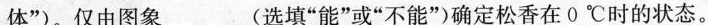
体”)。仅由图象___(选填”能”或”不能”)确定松香在0℃时的状态。